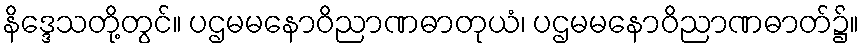
နိဒ္ဒေသတို့တွင်။ ပဌမမနောဝိညာဏဓာတုယံ၊ ပဌမမနောဝိညာဏဓာတ်၌။